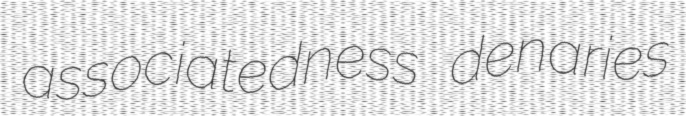
associatedness denaries